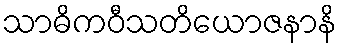
သာဓိကဝီသတိယောဇနာနိ